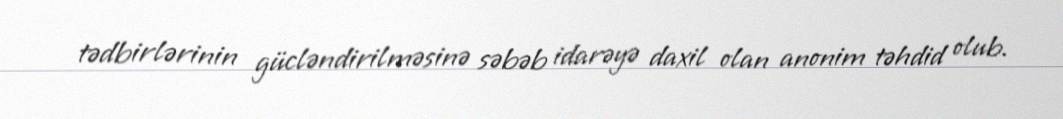
tədbirlərinin gücləndirilməsinə səbəb idarəyə daxil olan anonim təhdid olub.